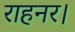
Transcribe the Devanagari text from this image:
राहनर।